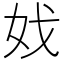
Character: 𡛏